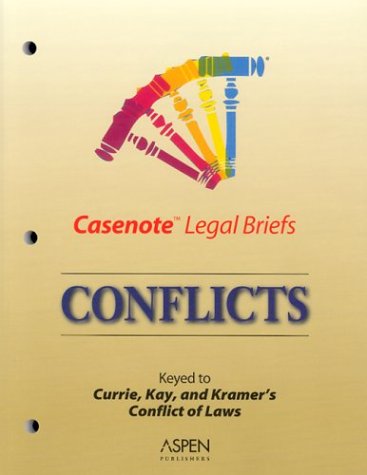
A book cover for Casenote Legal Briefs: Conflicts - Keyed to Cramton, Currie, Kay & Kramer; Casenotes; Law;